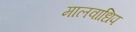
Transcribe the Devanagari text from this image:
मालवाधिप